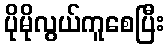
ပိုမိုလွယ်ကူစေပြီး